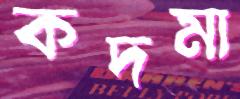
কদমা